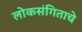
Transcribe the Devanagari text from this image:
लोकसंगिताचे